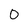
Character: 0